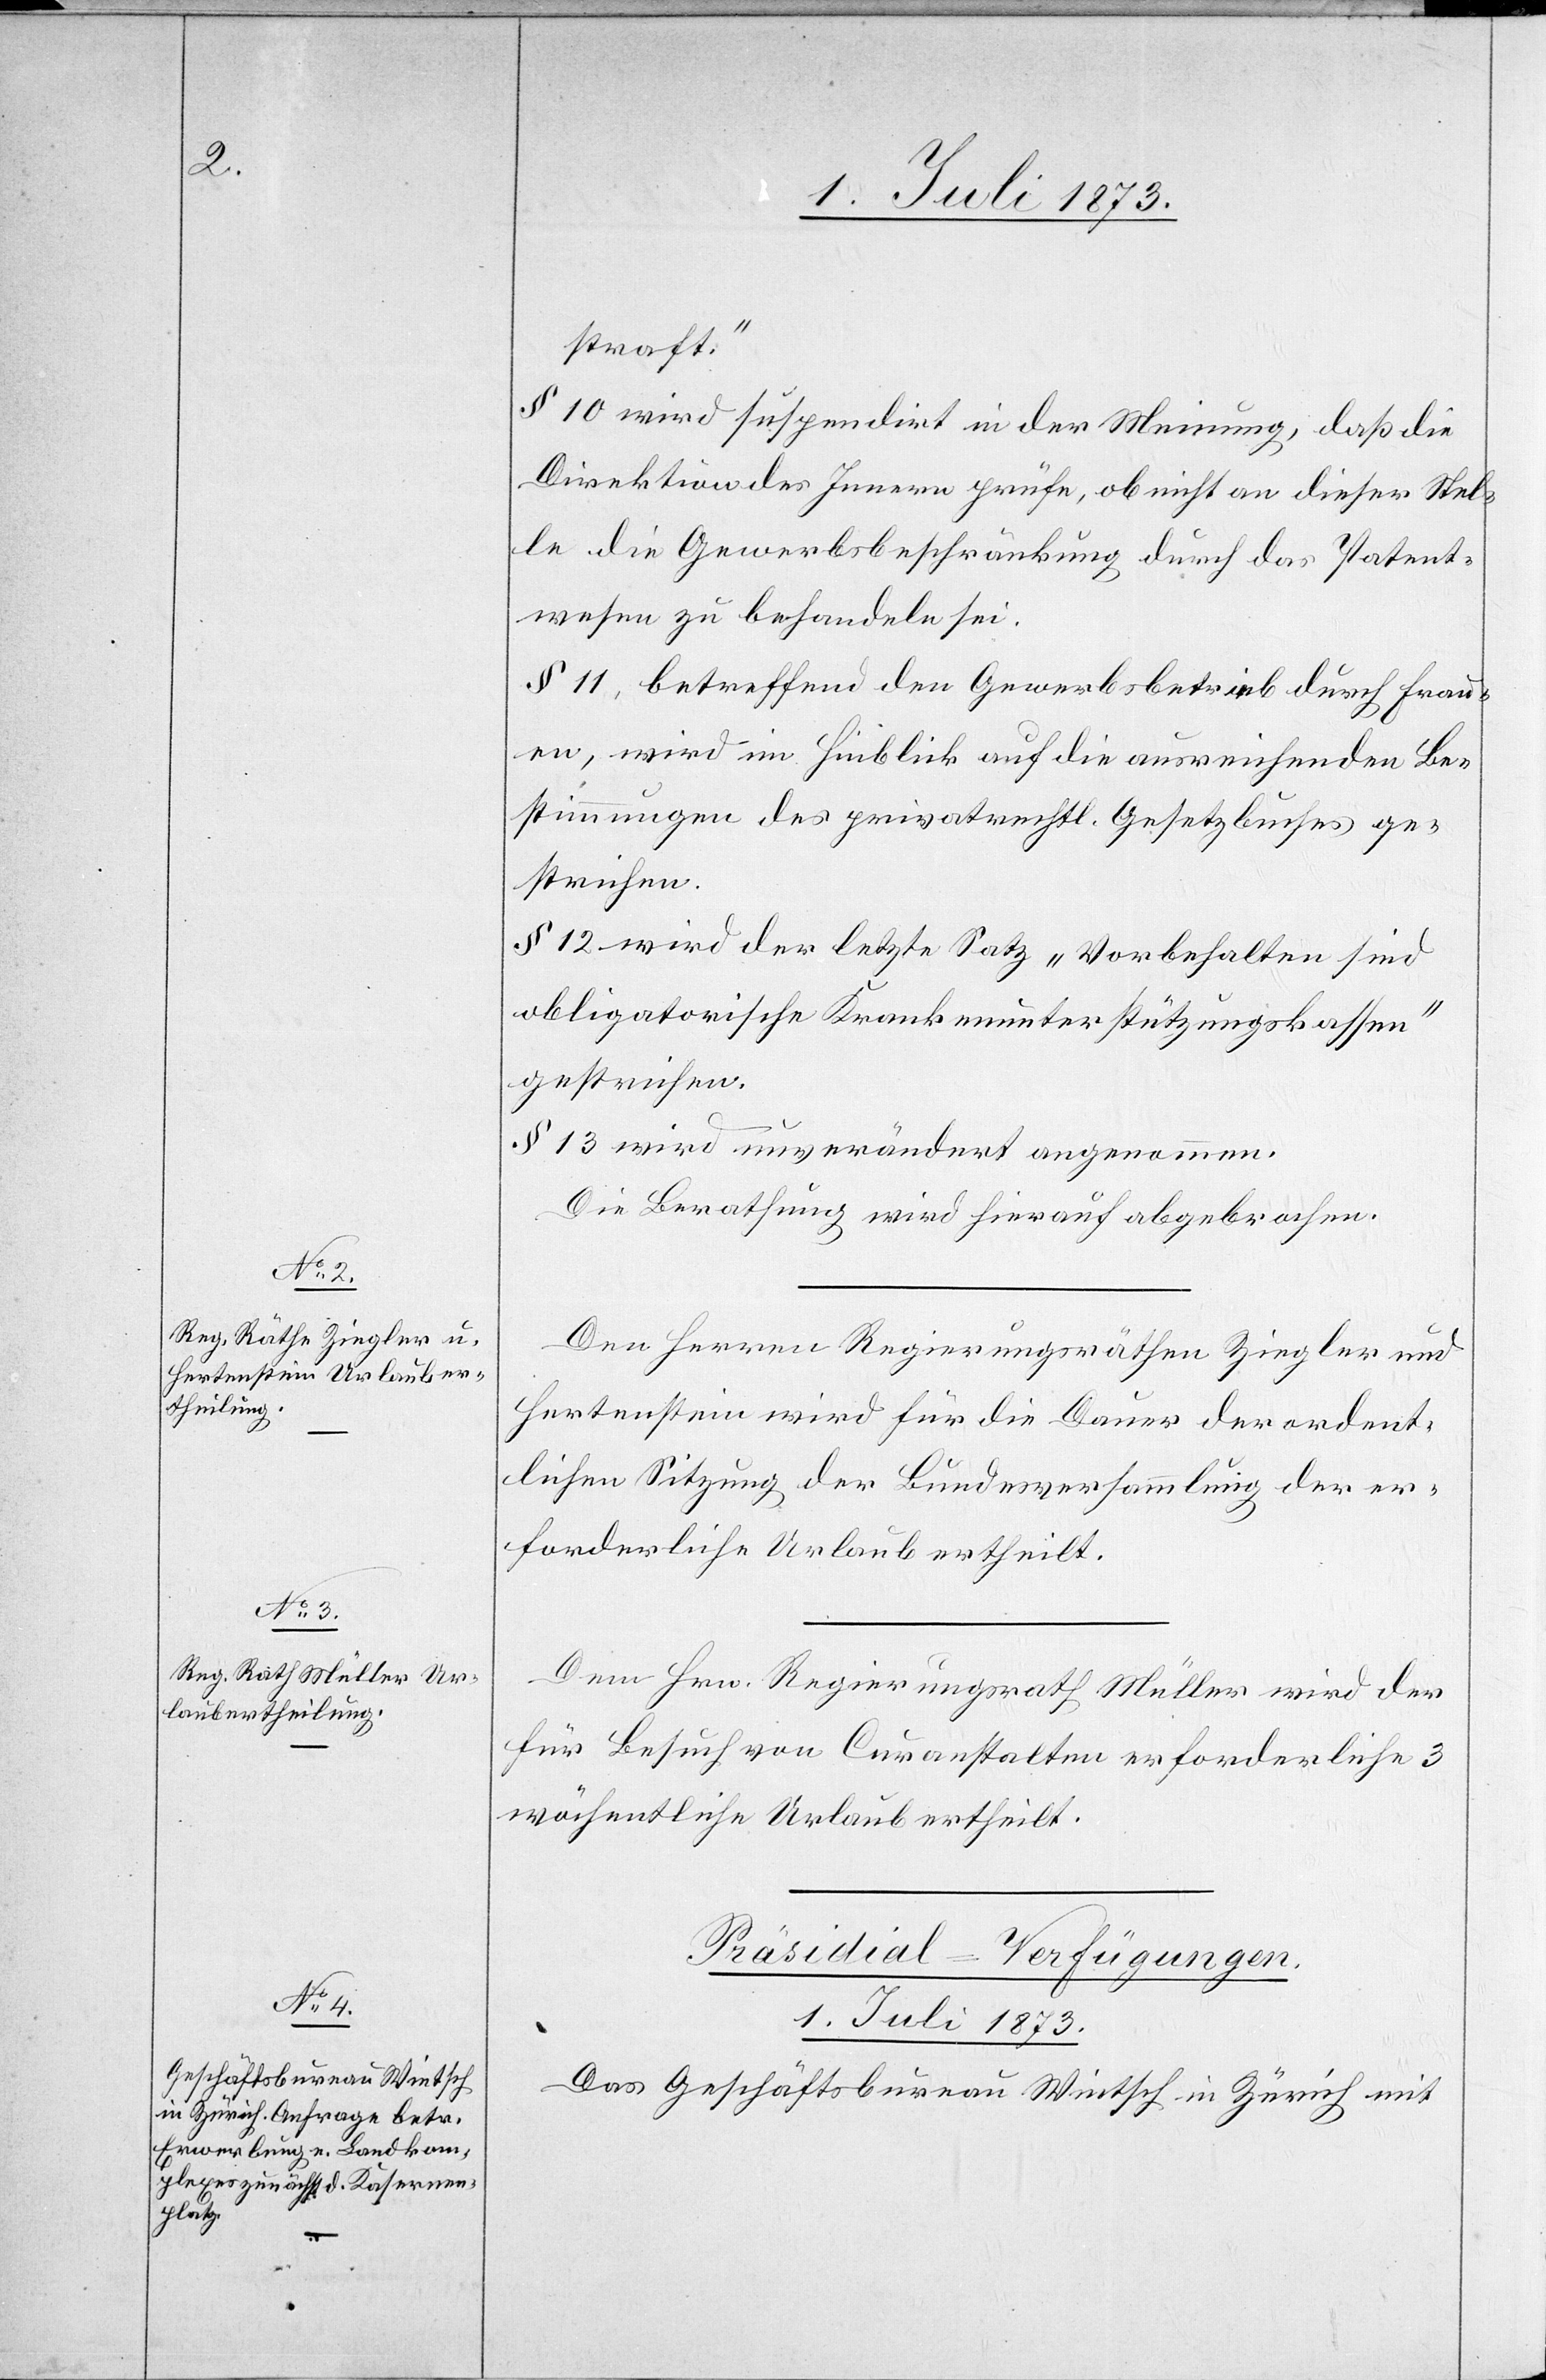
straft.“
§ 10 wird suspendirt in der Meinung, daß die
Direktion des Innern prüfe, ob nicht an dieser Stel¬
le die Gewerbsbeschränkung durch das Patent¬
wesen zu behandeln sei.
§ 11, betreffend den Gewerbsbetrieb durch Frau¬
en, wird im Hinblick auf die ausreichenden Be¬
stimmungen des privatrechtl. Gesetzbuches ge¬
strichen.
§ 12 wird der letzte Satz „Vorbehalten sind
obligatorische Krankenunterstützungskassen“
gestrichen.
§ 13 wird unverändert angenommen.
Die Berathung wird hierauf abgebrochen.
Den Herren Regierungsräthen Ziegler und
Hertenstein wird für die Dauer der ordent¬
lichen Sitzung der Bundesversammlung der er¬
forderliche Urlaub ertheilt.
Dem Hrn. Regierungsrath Müller wird der
für Besuch von Curanstalten erforderliche 3
wöchentliche Urlaub ertheilt.
Präsidial-Verfügungen.
1. Juli 1873.
Das Geschäftsbureau Wintsch in Zürich mit